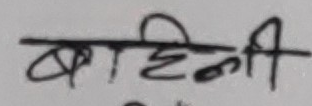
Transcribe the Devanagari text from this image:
बहिनी